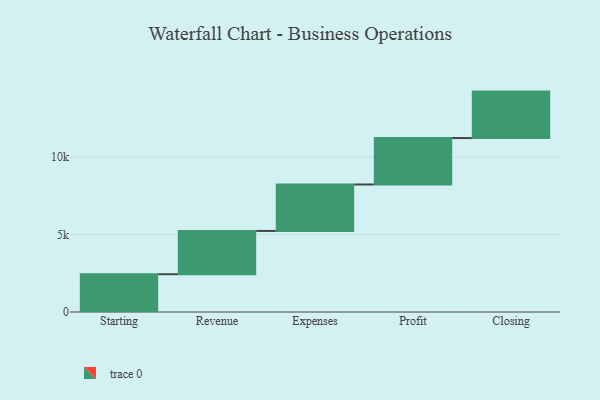
{"axis": {"x": "Step", "y": "Value"}, "legend": [""], "data": [{"x": "Starting", "y": 2439.0, "type": ""}, {"x": "Revenue", "y": 2797.0, "type": ""}, {"x": "Expenses", "y": 3000, "type": ""}, {"x": "Profit", "y": 3000, "type": ""}, {"x": "Closing", "y": 3000, "type": ""}]}